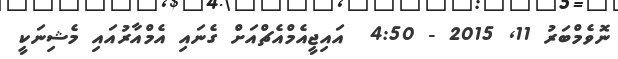
ނޮވެމްބަރު 11